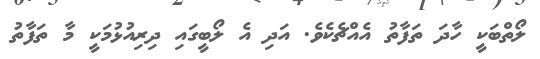
ލޯތްބަކީ ހާދަ ތަފާތު އެއްޗެކެވެ. އަދި އެ ލޯބީގައި ދިރިއުޅުމަކީ މާ ތަފާތު